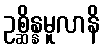
ဥစ္ဆိန္နမူလာနိ